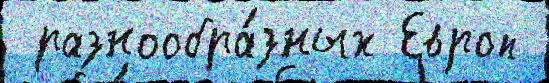
 разнообра́зных Европ